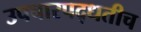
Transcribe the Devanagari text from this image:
उपचारपद्धतीच